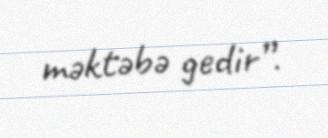
məktəbə gedir”.